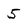
Character: 5